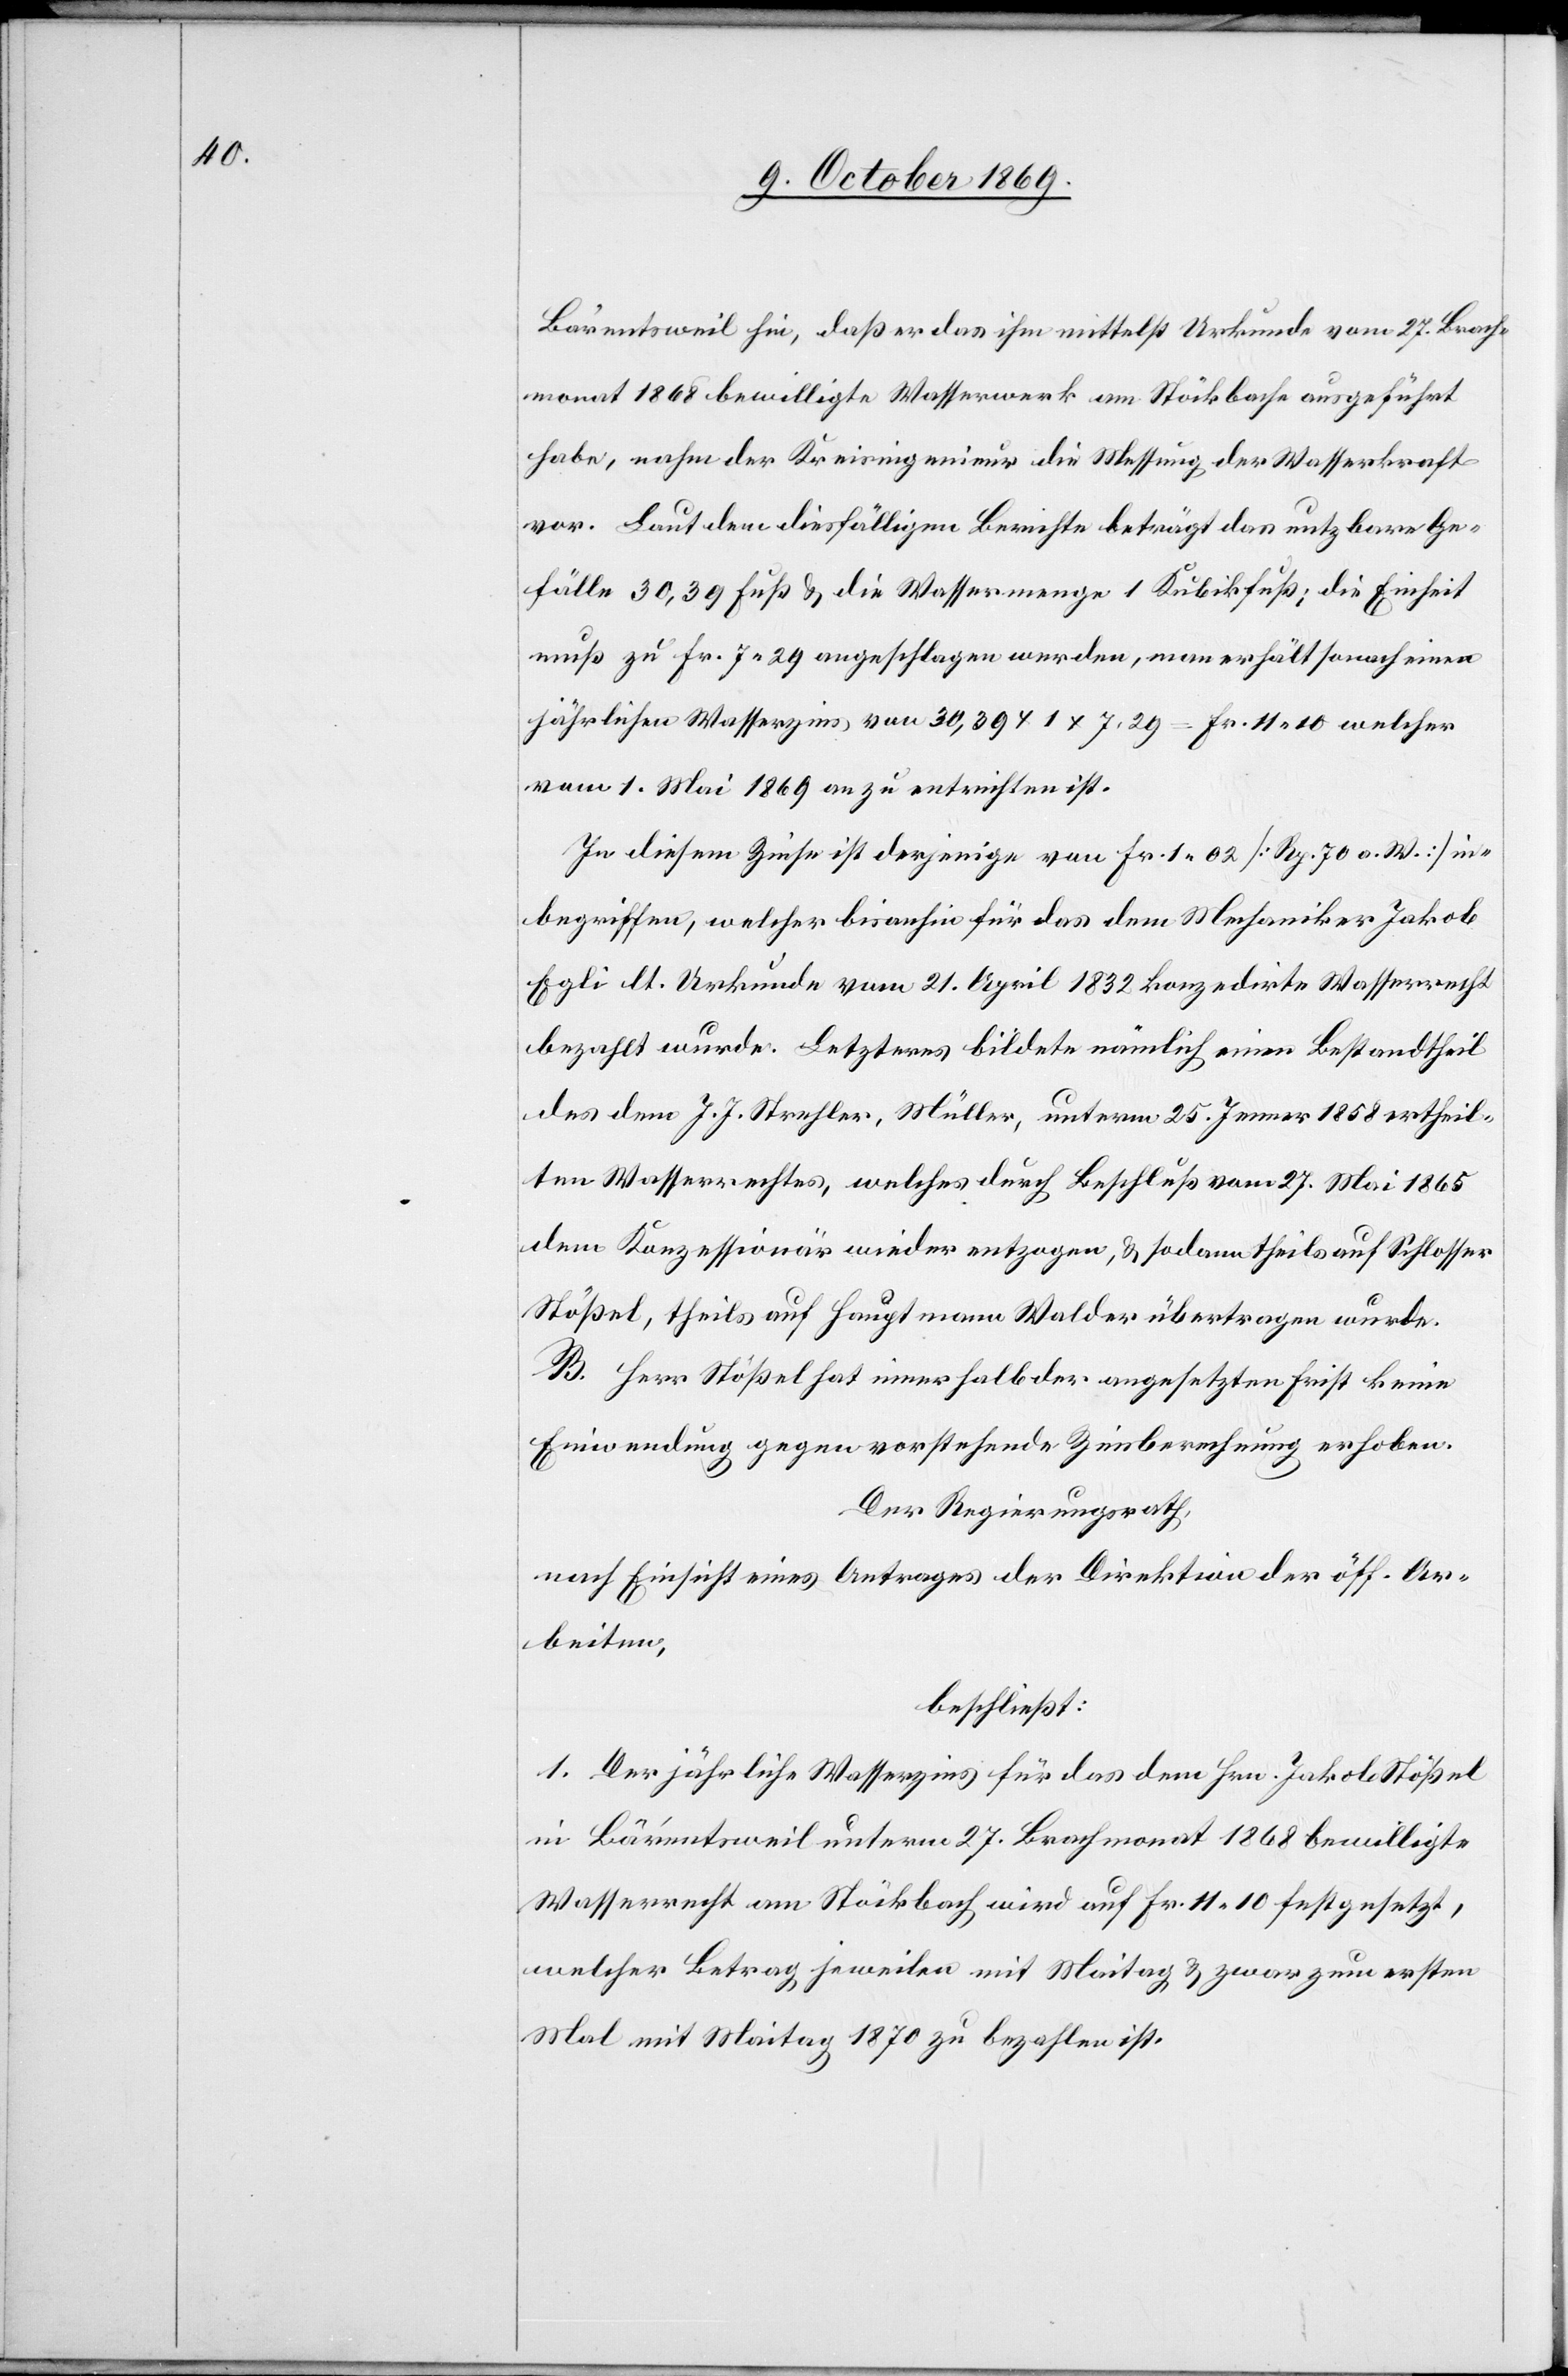
Bärentsweil hin, daß er das ihm mittelst Urkunde vom 27. Brach¬
monat 1868 bewilligte Wasserwerk am Stöckbache ausgeführt
habe, nahm der Kreisingenieur die Messung der Wasserkraft
vor. Laut dem diesfälligen Berichte beträgt das nutzbare Ge¬
fälle 30,39 Fuß & die Wassermenge 1 Kubikfuß; die Einheit
muß zu Fr. 7.29 angeschlagen werden, man erhält sonach einen
jährlichen Wasserzins von 30,39 x 1 x 7.29 = Fr. 11.10 welcher
vom 1. Mai 1869 an zu entrichten ist.
In diesem Zinse ist derjenige von Fr. 1.02 [Rp. 70 a. W.] in¬
begriffen, welcher bisanhin für das dem Mechaniker Jakob
Egli lt. Urkunde vom 21. April 1832 konzedirte Wasserrecht
bezahlt wurde. Letzteres bildete nämlich einen Bestandtheil
des dem J. J. Strehler, Müller, unterm 25. Jenner 1858 ertheil¬
ten Wasserrechtes, welches durch Beschluß vom 27. Mai 1865
dem Konzessionär wieder entzogen, & sodann theils auf Schlosser
Stößel, theils auf Hauptmann Walder übertragen wurde.
B. Herr Stößel hat innerhalb der angesetzten Frist keine
Einwendung gegen vorstehende Zinsberechnung erhoben.
Der Regierungsrath,
nach Einsicht eines Antrages der Direktion der öff. Ar¬
beiten,
beschließt:
1. Der jährliche Wasserzins für das dem Hrn. Jakob Stößel
in Bärentsweil unterm 27. Brachmonat 1868 bewilligte
Wasserrecht am Stöckbach wird auf Fr. 11.10 festgesetzt,
welcher Betrag jeweilen mit Maitag & zwar zum ersten
Mal mit Maitag 1870 zu bezahlen ist.